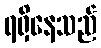
ရရှိနေသည်